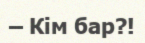
– Кім бар?!